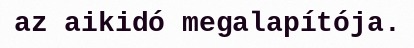
az aikidó megalapítója.